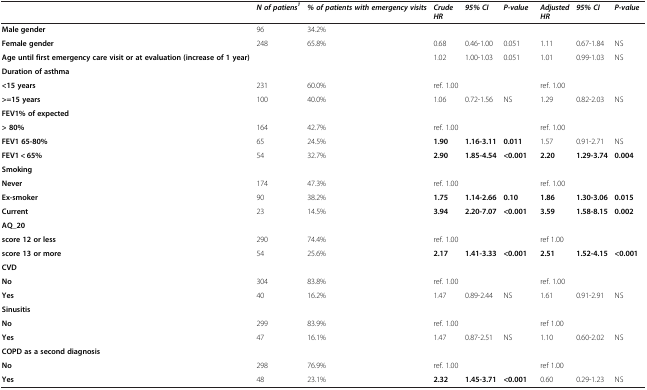
<table><thead><tr><td><b> </b></td><td><b><i>N of patiens</i><sup><i>1</i></sup></b></td><td><b><i>% of patients with emergency visits</i></b></td><td><b><i>Crude HR</i></b></td><td><b><i>95% CI</i></b></td><td><b><i>P-value</i></b></td><td><b><i>Adjusted HR</i></b></td><td><b><i>95% CI</i></b></td><td><b><i>P-value</i></b></td></tr></thead><tbody><tr><td><b>Male gender</b></td><td>96</td><td>34.2%</td><td> </td><td> </td><td> </td><td> </td><td> </td><td> </td></tr><tr><td><b>Female gender</b></td><td>248</td><td>65.8%</td><td>0.68</td><td>0.46-1.00</td><td>0.051</td><td>1.11</td><td>0.67-1.84</td><td>NS</td></tr><tr><td><b>Age until first emergency care visit or at evaluation (increase of 1 year)</b></td><td> </td><td> </td><td>1.02</td><td>1.00-1.03</td><td>0.051</td><td>1.01</td><td>0.99-1.03</td><td>NS</td></tr><tr><td><b>Duration of asthma</b></td><td> </td><td> </td><td> </td><td> </td><td> </td><td> </td><td> </td><td> </td></tr><tr><td><b>&lt;15 years</b></td><td>231</td><td>60.0%</td><td>ref. 1.00</td><td> </td><td> </td><td>ref. 1.00</td><td> </td><td> </td></tr><tr><td><b>&gt;=15 years</b></td><td>100</td><td>40.0%</td><td>1.06</td><td>0.72-1.56</td><td>NS</td><td>1.29</td><td>0.82-2.03</td><td>NS</td></tr><tr><td><b>FEV1% of expected</b></td><td> </td><td> </td><td> </td><td> </td><td> </td><td> </td><td> </td><td> </td></tr><tr><td><b>&gt; 80%</b></td><td>164</td><td>42.7%</td><td>ref. 1.00</td><td> </td><td> </td><td>ref. 1.00</td><td> </td><td> </td></tr><tr><td><b>FEV1 65-80%</b></td><td>65</td><td>24.5%</td><td><b>1.90</b></td><td><b>1.16-3.11</b></td><td><b>0.011</b></td><td>1.57</td><td>0.91-2.71</td><td>NS</td></tr><tr><td><b>FEV1 &lt; 65%</b></td><td>54</td><td>32.7%</td><td><b>2.90</b></td><td><b>1.85-4.54</b></td><td><b>&lt;0.001</b></td><td><b>2.20</b></td><td><b>1.29-3.74</b></td><td><b>0.004</b></td></tr><tr><td><b>Smoking</b></td><td> </td><td> </td><td> </td><td> </td><td> </td><td> </td><td> </td><td> </td></tr><tr><td><b>Never</b></td><td>174</td><td>47.3%</td><td>ref. 1.00</td><td> </td><td> </td><td>ref. 1.00</td><td> </td><td> </td></tr><tr><td><b>Ex-smoker</b></td><td>90</td><td>38.2%</td><td><b>1.75</b></td><td><b>1.14-2.66</b></td><td><b>0.10</b></td><td><b>1.86</b></td><td><b>1.30-3.06</b></td><td><b>0.015</b></td></tr><tr><td><b>Current</b></td><td>23</td><td>14.5%</td><td><b>3.94</b></td><td><b>2.20-7.07</b></td><td><b>&lt;0.001</b></td><td><b>3.59</b></td><td><b>1.58-8.15</b></td><td><b>0.002</b></td></tr><tr><td><b>AQ_20</b></td><td> </td><td> </td><td> </td><td> </td><td> </td><td> </td><td> </td><td> </td></tr><tr><td><b>score 12 or less</b></td><td>290</td><td>74.4%</td><td>ref. 1.00</td><td> </td><td> </td><td>ref 1.00</td><td> </td><td> </td></tr><tr><td><b>score 13 or more</b></td><td>54</td><td>25.6%</td><td><b>2.17</b></td><td><b>1.41-3.33</b></td><td><b>&lt;0.001</b></td><td><b>2.51</b></td><td><b>1.52-4.15</b></td><td><b>&lt;0.001</b></td></tr><tr><td><b>CVD</b></td><td> </td><td> </td><td> </td><td> </td><td> </td><td> </td><td> </td><td> </td></tr><tr><td><b>No</b></td><td>304</td><td>83.8%</td><td>ref. 1.00</td><td> </td><td> </td><td>ref. 1.00</td><td> </td><td> </td></tr><tr><td><b>Yes</b></td><td>40</td><td>16.2%</td><td>1.47</td><td>0.89-2.44</td><td>NS</td><td>1.61</td><td>0.91-2.91</td><td>NS</td></tr><tr><td><b>Sinusitis</b></td><td> </td><td> </td><td> </td><td> </td><td> </td><td> </td><td> </td><td> </td></tr><tr><td><b>No</b></td><td>299</td><td>83.9%</td><td>ref. 1.00</td><td> </td><td> </td><td>ref 1.00</td><td> </td><td> </td></tr><tr><td><b>Yes</b></td><td>47</td><td>16.1%</td><td>1.47</td><td>0.87-2.51</td><td>NS</td><td>1.10</td><td>0.60-2.02</td><td>NS</td></tr><tr><td><b>COPD as a second diagnosis</b></td><td> </td><td> </td><td> </td><td> </td><td> </td><td> </td><td> </td><td> </td></tr><tr><td><b>No</b></td><td>298</td><td>76.9%</td><td>ref. 1.00</td><td> </td><td> </td><td>ref 1.00</td><td> </td><td> </td></tr><tr><td><b>Yes</b></td><td>48</td><td>23.1%</td><td><b>2.32</b></td><td><b>1.45-3.71</b></td><td><b>&lt;0.001</b></td><td>0.60</td><td>0.29-1.23</td><td>NS</td></tr></tbody></table>